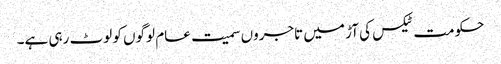
حکومت ٹیکس کی آڑ میں تاجروں سمیت عام لوگوں کو لوٹ رہی ہے۔